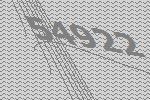
54922